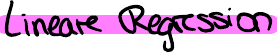
Lineare Regression